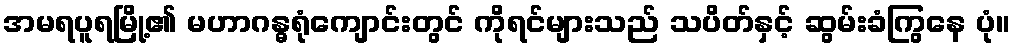
အမရပူရမြို့၏ မဟာဂန္ဓရုံကျောင်းတွင် ကိုရင်များသည် သပိတ်နှင့် ဆွမ်းခံကြွနေ ပုံ။